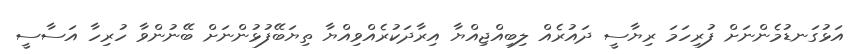
އަޅުގަނޑުމެންނަށް ފުރިހަމަ ރިޔާސީ ދައުރެއް ލިބިއްޖިއްޔާ އިރާދަކުރެއްވިއްޔާ ތިޔަބޭފުޅުންނަށް ބޭނުންވާ ހުރިހާ އަސާސީ